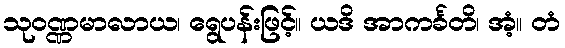
သုဝဏ္ဏမာလာယ၊ ရွေပန်းဖြင့်။ ယဒိ အာကင်္ခတိ၊ အံ့။ တံ